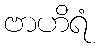
ဗာဟိရံ